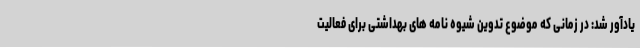
یادآور شد: در زمانی که موضوع تدوین شیوه نامه های بهداشتی برای فعالیت